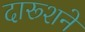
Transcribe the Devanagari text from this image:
दारूशने